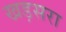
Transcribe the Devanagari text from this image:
खड़सरा